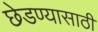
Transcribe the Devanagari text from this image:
छेडण्यासाठी